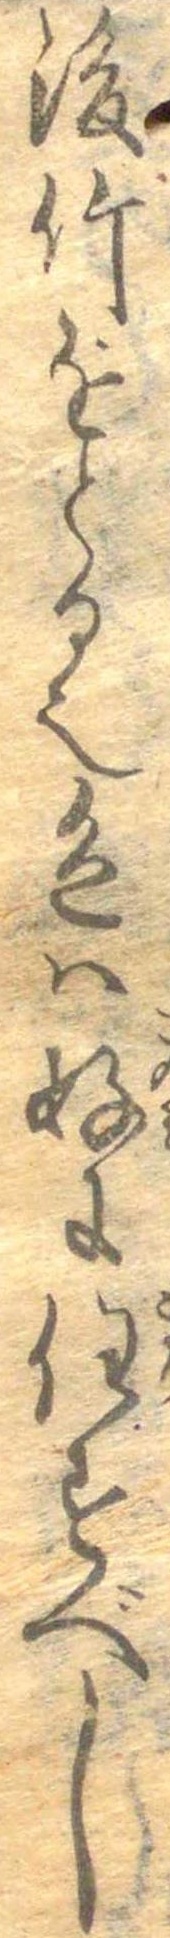
後竹をとる也色は好に任すべし